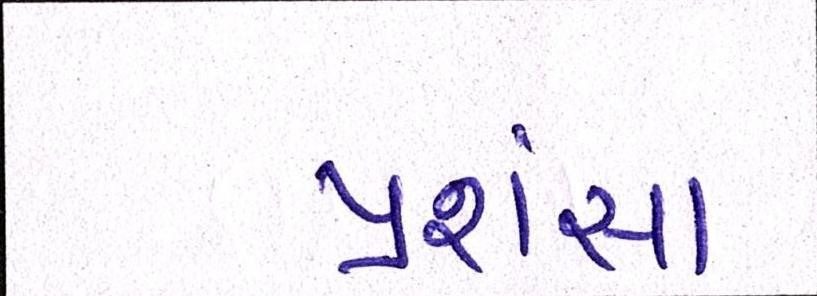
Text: પ્રશંસા